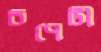
চপেটী